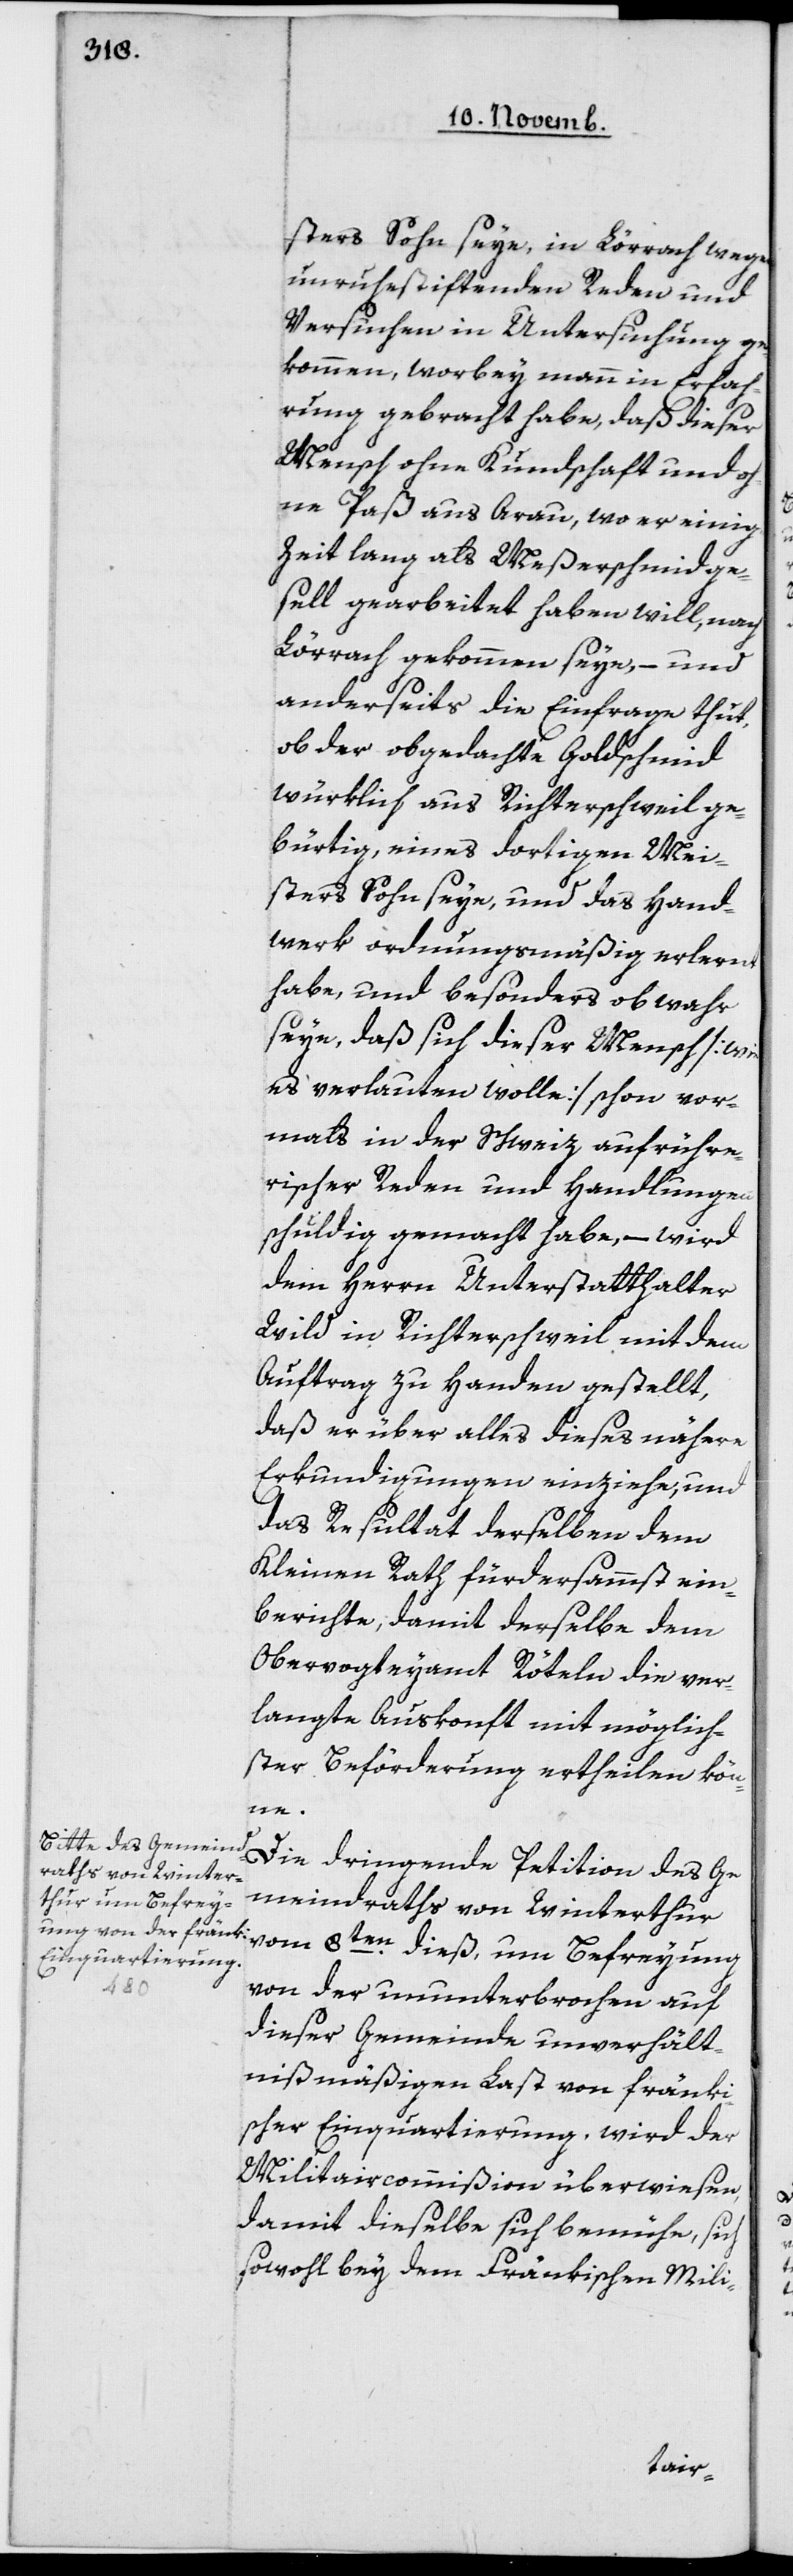
sters Sohn seye, in Lörrach wegen
unruhestiftenden Reden und
Versuchen in Untersuchung ge¬
kommen, worbey man in Erfah¬
rung gebracht habe, daß dieser
Mensch ohne Kundschaft und oh¬
ne Paß aus Arau, wo er einige
Zeit lang als Meßerschmidge¬
sell gearbeitet haben will, nach
Lörrach gekommen seye, – und
anderseits die Einfrage thut,
ob der obgedachte Goldschmied
würklich aus Richterschweil ge¬
bürtig, eines dortigem Mei¬
sters Sohn seye, und das Hand¬
werk ordnungsmäßig erlernt
habe, und besonders ob wahr
seye, daß sich dieser Mensch [wie
es verlauten wolle] schon vor¬
mals in der Schweiz aufrühre¬
rischer Reden und Handlungen
schuldig gemacht habe, – wird
dem Herrn Unterstatthalter
Wild in Richterschweil mit dem
Auftrag zu Handen gestellt,
daß er über alles dieses nähere
Erkundigungen einziehe, und
das Resultat derselben dem
Kleinen Rath fürdersammst ein¬
berichte, damit derselbe dem
Obervogteyamt Röteln die ver¬
langte Auskonft mit möglich¬
ster Beförderung ertheilen kön¬
Ge¬
meindraths von Winterthur
vom 8ten dieß, um Befreyung
von der ununterbrochen auf
dieser Gemeinde unverhält¬
nißmäßigen Last von fränki¬
scher Einquartierung, wird der
Militaircommißion überwiesen,
damit dieselbe sich bemühe, sich
sowohl bey dem Fränkischen Mili-